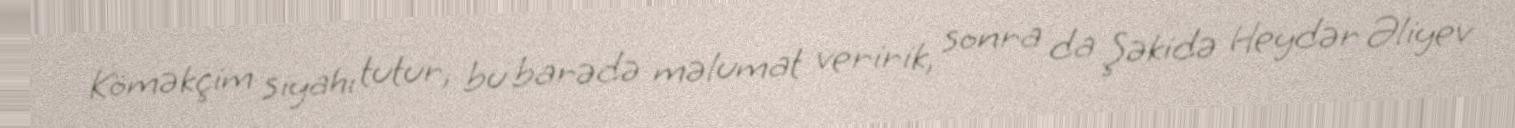
Köməkçim siyahı tutur, bu barədə məlumat veririk, sonra da Şəkidə Heydər Əliyev